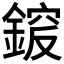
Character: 𨩵